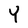
Character: Y